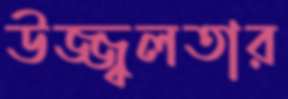
উজ্জ্বলতার